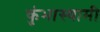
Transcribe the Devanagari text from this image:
कुंभास्वामी